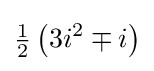
{\tfrac {1}{2}}\left(3i^{2}\mp i\right)